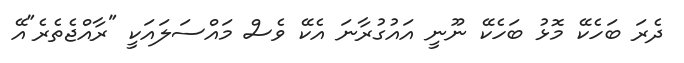
ދެރަ ބަހެކޭ މޮޅު ބަހެކޭ ނޫނީ އައުގުރާނަ އެކޭ ވެސް މައްސަލައަކީ "ރާއްޖެތެރެ"އޭ